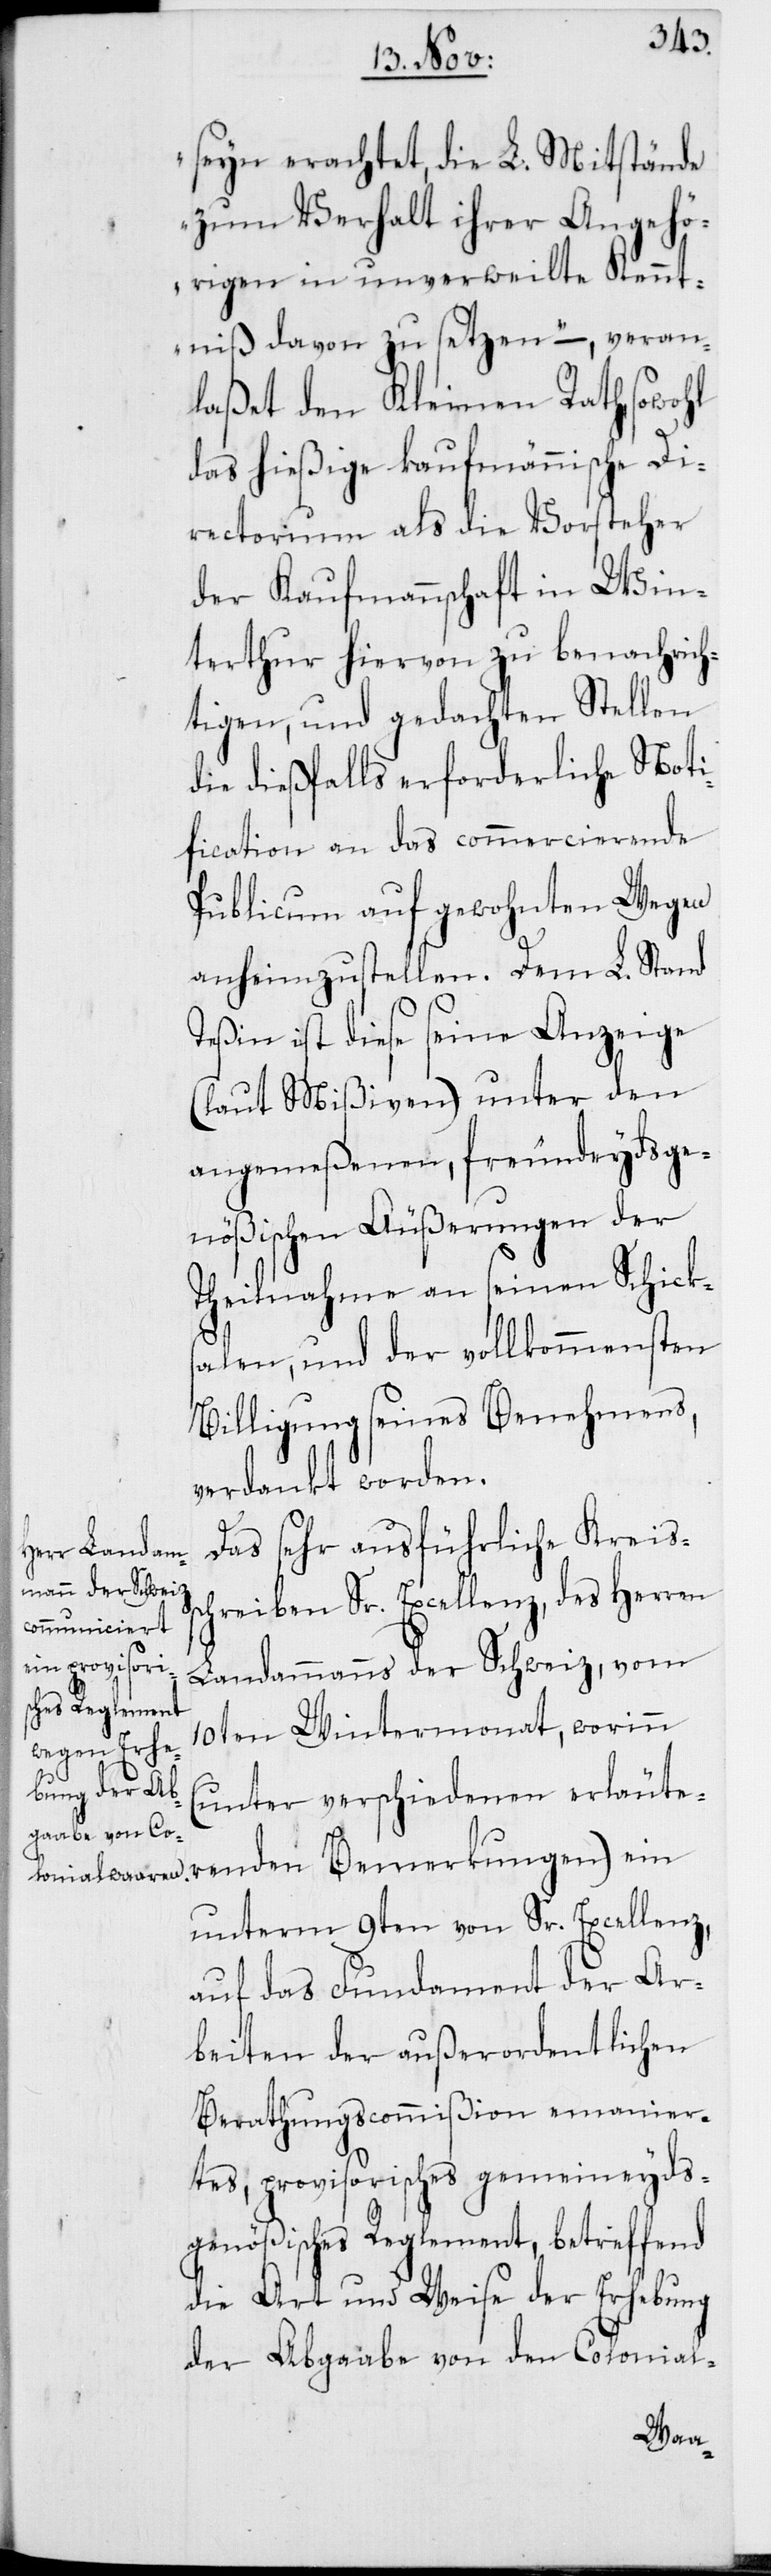
seyn erachtet, die L. Mitstände
zum Verhalt ihrer Angehö¬
rigen in unverweilte Kennt¬
niß davon zu setzen“ –, veran¬
laßet den Kleinen Rath, sowohl
das hießige kaufmännische Di¬
rectorium als die Vorsteher
der Kaufmannschaft in Win¬
terthur hiervon zu benachrich¬
ten, und gedachten Stellen
die dießfalls erforderliche Noti¬
fication an das commercierende
Publicum auf gewohnten Wegen
anheimzustellen. Dem L. Stand
Teßin ist diese seine Anzeige
(laut Mißiven) unter den
angemeßenen, freundeydsge¬
nößischen Äußerungen der
Theilnahme an seinen Schicks¬
alen, und der vollkommensten
Billigung seines Benehmens,
verdankt worden.
Das sehr ausführliche Kreiss¬
chreiben Sr. Excellenz, des Herren
Landammanns der Schweiz, vom
10ten Wintermonat, worinn
(unter verschiedenen erläute¬
renden Bemerkungen) ein
unterm 9ten von Sr. Excellenz,
auf das Fundament der Ar¬
beiten der außerordentlichen
Berathungscommißion emanier¬
tes, provisorisches gemeineyds¬
genößisches Reglement, betreffend
die Art und Weise der Erhebung
der Abgabe von den Colonial-